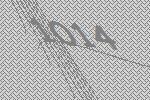
1014